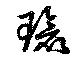
瑲